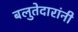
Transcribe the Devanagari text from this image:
बलुतेदारांनी